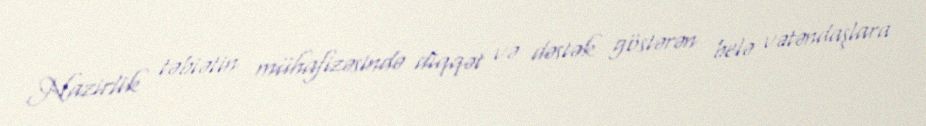
Nazirlik təbiətin mühafizəsində diqqət və dəstək göstərən belə vətəndaşlara